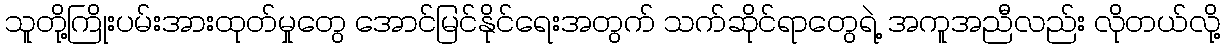
သူတို့ကြိုးပမ်းအားထုတ်မှုတွေ အောင်မြင်နိုင်ရေးအတွက် သက်ဆိုင်ရာတွေရဲ့ အကူအညီလည်း လိုတယ်လို့